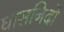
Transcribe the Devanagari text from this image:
घासनिदों